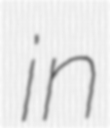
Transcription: in